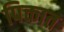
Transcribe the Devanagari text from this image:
पिक्तात